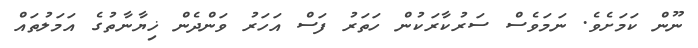
ނޫން ކަމަށެވެ. ނަަމަވެސް ސަރުކާރަކުން ހަތަރު ފަސް އަހަރު ވަންދެން ޚިޔާނާތުގެ އަމަލުތައް